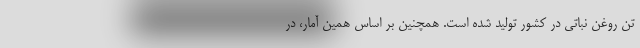
تن روغن نباتی در کشور تولید شده است. همچنین بر اساس همین آمار، در